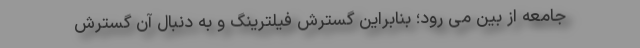
جامعه از بین می رود؛ بنابراین گسترش فیلترینگ و به دنبال آن گسترش